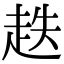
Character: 趃